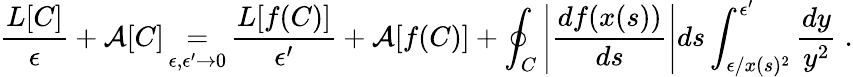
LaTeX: \frac{L[C]}{\epsilon}+\mathcal{A}[C]\mathop{=}_{\epsilon,\epsilon^{\prime}\to 0}\frac{L[f(C)]}{\epsilon^{\prime}}+\mathcal{A}[f(C)]+\oint_{C}\left|\frac{df(x(s))}{ds}\right|ds\int_{\epsilon/x(s)^{2}}^{\epsilon^{\prime}}\frac{dy}{y^{2}}\; .